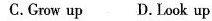
C.Grow up D.Look up